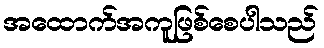
အထောက်အကူဖြစ်စေပါသည်